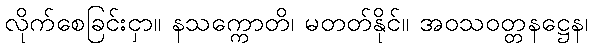
လိုက်စေခြင်းငှာ။ နသက္ကောတိ၊ မတတ်နိုင်။ အဝသဝတ္တနဋ္ဌေန၊